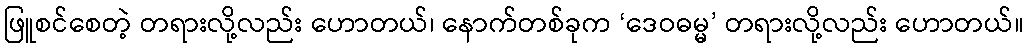
ဖြူစင်စေတဲ့ တရားလို့လည်း ဟောတယ်၊ နောက်တစ်ခုက ‘ဒေဝဓမ္မ’ တရားလို့လည်း ဟောတယ်။